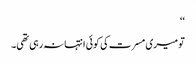
‘‘
تو میری مسرت کی کوئی انتہا نہ رہی تھی۔